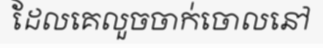
ដែលគេលួចចាក់ចោលនៅ